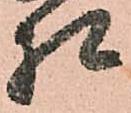
相